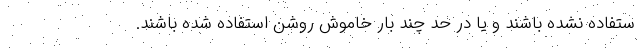
ستفاده نشده باشند و یا در حد چند بار خاموش روشن استفاده شده باشند.